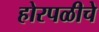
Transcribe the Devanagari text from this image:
होरपळीचे